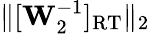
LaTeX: \lVert[\mathbf{W}_{2}^{-1}]_{\mathrm{RT}}\rVert_{2}